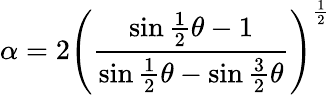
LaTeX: \alpha=2\left(\frac{\sin\frac{1}{2}\theta-1}{\sin\frac{1}{2}\theta-\sin\frac{3}{2}\theta}\right)^{\frac{1}{2}}